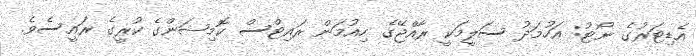
އެޑިޓަރުގެ ނޯޓު: އަހުމަދު ސަލީމަކީ ރާއްޖޭގެ ހިއުމަން ރައިޓްސް ކޮމިޝަންގެ ކުރީގެ ރައީސެވެ.